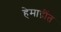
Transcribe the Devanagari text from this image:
हेमाद्रींत